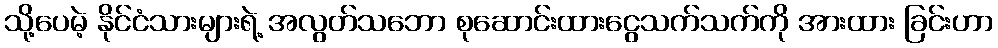
သို့ပေမဲ့ နိုင်ငံသားများရဲ့ အလွတ်သဘော စုဆောင်းထားငွေသက်သက်ကို အားထား ခြင်းဟာ